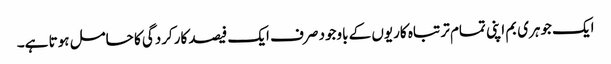
ایک جوہری بم اپنی تمام تر تباہ کاریوں کے باوجود صرف ایک فیصد کارکردگی کا حامل ہوتا ہے۔